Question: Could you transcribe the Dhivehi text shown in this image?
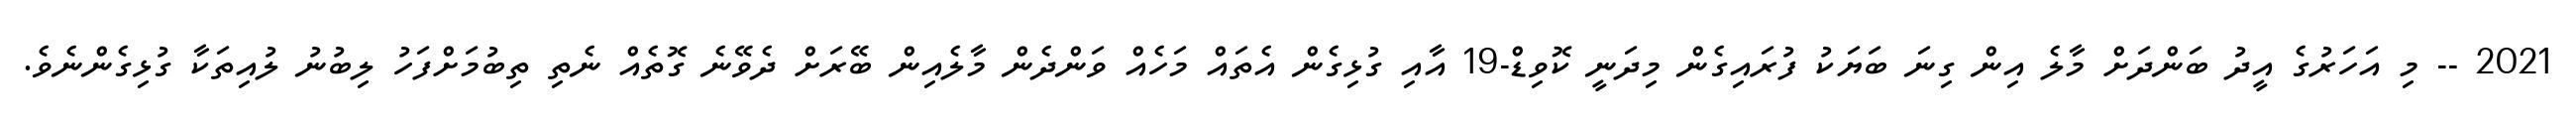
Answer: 2021 -- މި އަހަރުގެ އީދު ބަންދަށް މާލެ އިން ގިނަ ބަޔަކު ފުރައިގެން މިދަނީ ކޮވިޑް-19 އާއި ގުޅިގެން އެތައް މަހެއް ވަންދެން މާލެއިން ބޭރަށް ދެވޭނެ ގޮތެއް ނެތި ތިބުމަށްފަހު ލިބުނު ލުއިތަކާ ގުޅިގެންނެވެ.